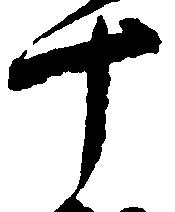
十